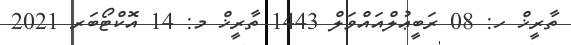
ތާރީޚް ހ: 08 ރަބީޢުލްއައްވަލް 1443 ތާރީޚް މ: 14 އޮކްޓޯބަރ 2021